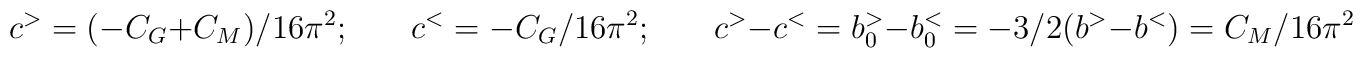
c^>= (-C_G+C_M)/16\pi^2 ; \hspace{0.3in} c^< =-C_G/16\pi^2  ; \hspace{0.3in} c^>-c^<=b^>_0-b^<_0=-3/2(b^>-b^<)=C_M/16\pi^2 .